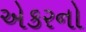
એકરનો